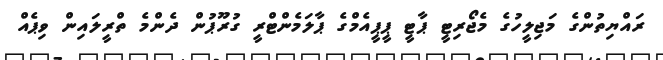
ރައްޔިތުންގެ މަޖިލީހުގެ މެޖޯރިޓީ ޕާޓީ ޕީޕީއެމްގެ ޕާލަމެންޓްރީ ގުރޫޕުން ދެންމެ ތްރީލައިން ވިޕެއް